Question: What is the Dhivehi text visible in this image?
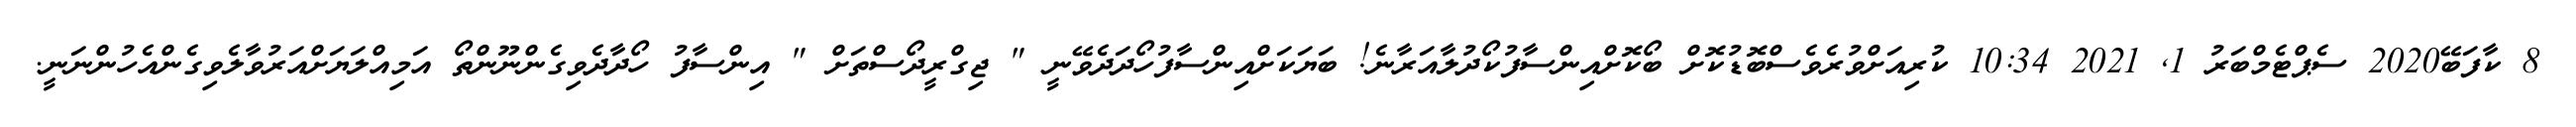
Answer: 8 ކާފަބޭ2020 ސެޕްޓެމްބަރު 1, 2021 10:34 ކުރިއަށްވުރެވެސްބޮޑުކޮށް ބޯކޮށްއިންސާފުކޯދުލާއަރާނެ! ބަޔަކަށްއިންސާފުހޯދަދެވޭނީ " ޖިގްރީދޯސްތަށް " އިންސާފު ހޯދާދެވިގެންނޫންތޯ އަމިއްލަޔަށްއަރުވާލެވިގެންއެހުންނަނީ.